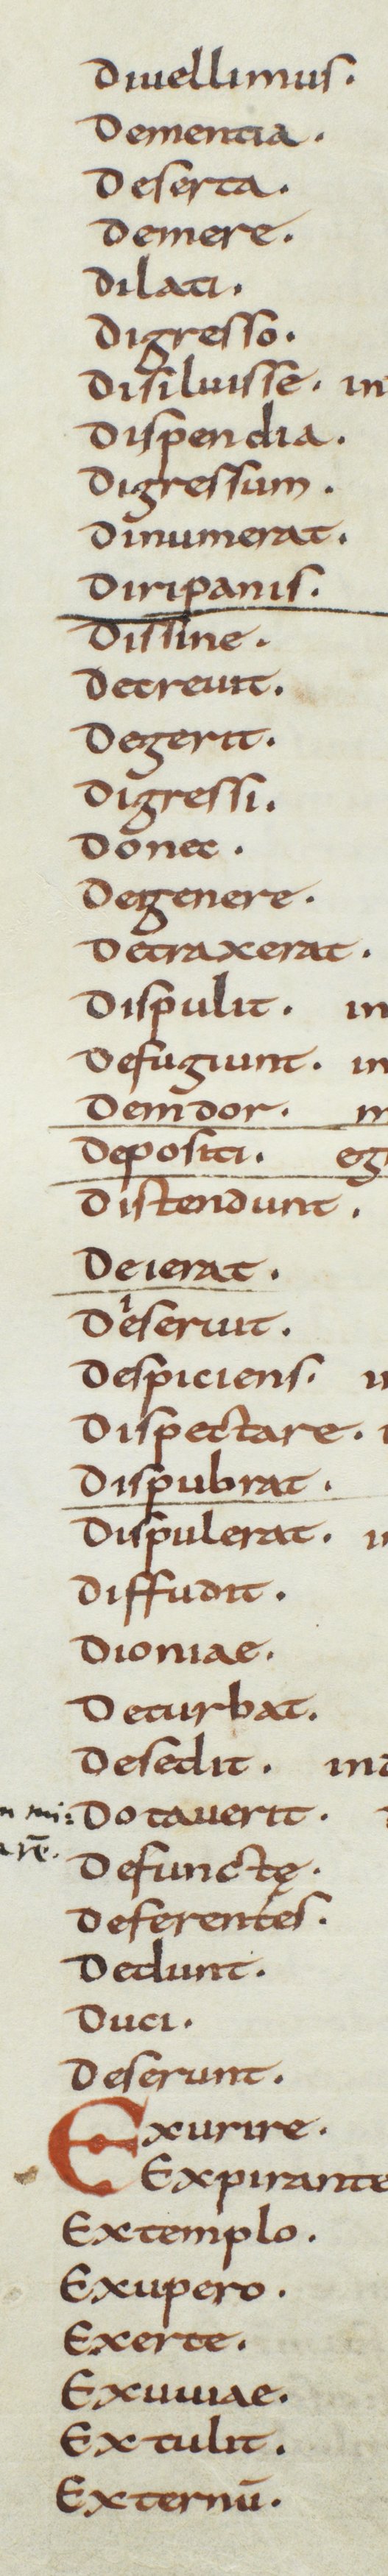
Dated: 850–915